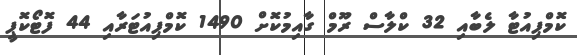
ކޮމްޕިއުޓާ ލެބާއި 32 ކްލާސް ރޫމް ގާއިމުކޮށް 1490 ކޮމްޕިއުޓަރާއި 44 ފޮޓޯކޮޕީ